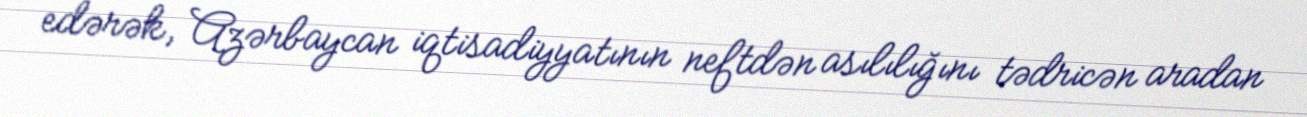
edərək, Azərbaycan iqtisadiyyatının neftdən asılılığını tədricən aradan